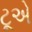
ટૂએ